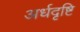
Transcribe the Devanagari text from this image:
अर्धदृष्टि